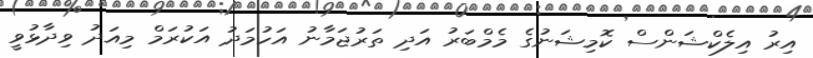
އިރު އިލެކްޝަންސް ކޮމިޝަނުގެ މެމްބަރު އަދި ތަރުޖަމާނު އަހުމަދު އަކުރަމް މިއަދު ވިދާޅުވީ